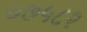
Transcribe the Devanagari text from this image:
०७५८२